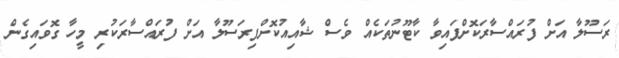
ރަސޫލާ އަށް ފުރައްސާރަކޮށްފައިވާ ކާޓޫނުތަކެއް ވެސް ޝާއިއުކޮށްފިރަސޫލާ އަށް ފުރައްސާރަކުރި މީހާ ގޮވައިގެން